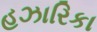
હઝારિકા